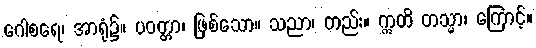
ဂေါစရေ၊ အာရုံ၌။ ပဝတ္တာ၊ ဖြစ်သော။ သညာ၊ တည်း။ ဣတိ တသ္မာ၊ ကြောင့်။